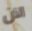
الآن